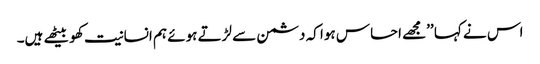
اس نے کہا ’’مجھے احساس ہوا کہ دشمن سے لڑتے ہوئے ہم انسانیت کھو بیٹھے ہیں۔